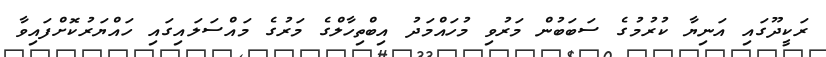
ރަކީދޫގައި އަނިޔާ ކުރުމުގެ ސަބަބުން މަރުވި މުހައްމަދު އިބްތިހާލްގެ މަރުގެ މައްސަލައިގައި ހައްޔަރުކޮށްފައިވާ